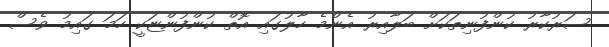
ސަރުކާރު ކުންފުނިތަކަށް ބަލާއިރު އެންމެ ހާލުގައި އޮތް ކުންފުންޏަކީ ހަމަ ގައިމު ވެސް